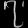
Digit: ၇